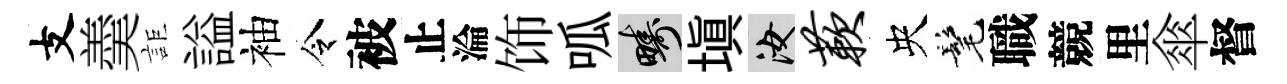
支羮詎謚袖令被止淪饰呱疇填汝蔌央髦職競里傘督